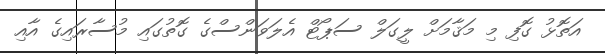
އަތޮޅު ގޮފި މި މަޤާމަށް ލީގަލް ސަޕޯޓް އެލަވަންސްގެ ގޮތުގައި މުސާރައިގެ އާއި